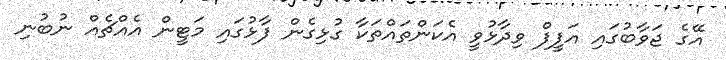
އޭގެ ޖަވާބުގައި އަފީފް ވިދާޅުވީ އެކަންތައްތަކާ ގުޅިގެން ފާޅުގައި މަޓީން އެއްޗެއް ނުބުނި